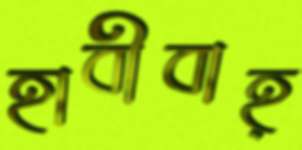
হাবীবাহ্